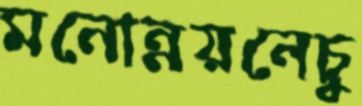
মনোন্নয়নেচু